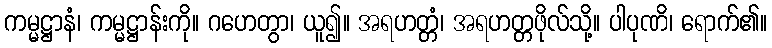
ကမ္မဋ္ဌာနံ၊ ကမ္မဋ္ဌာန်းကို။ ဂဟေတွာ၊ ယူ၍။ အရဟတ္တံ၊ အရဟတ္တဖိုလ်သို့။ ပါပုဏိ၊ ရောက်၏။